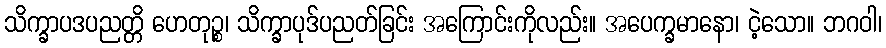
သိက္ခာပဒပညတ္တိ ဟေတုဉ္စ၊ သိက္ခာပုဒ်ပညတ်ခြင်း အကြောင်းကိုလည်း။ အပေက္ခမာနော၊ ငဲ့သော။ ဘဂဝါ၊